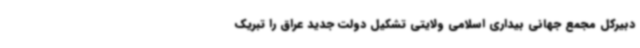
دبیرکل مجمع جهانی بیداری اسلامی ولایتی تشکیل دولت جدید عراق را تبریک